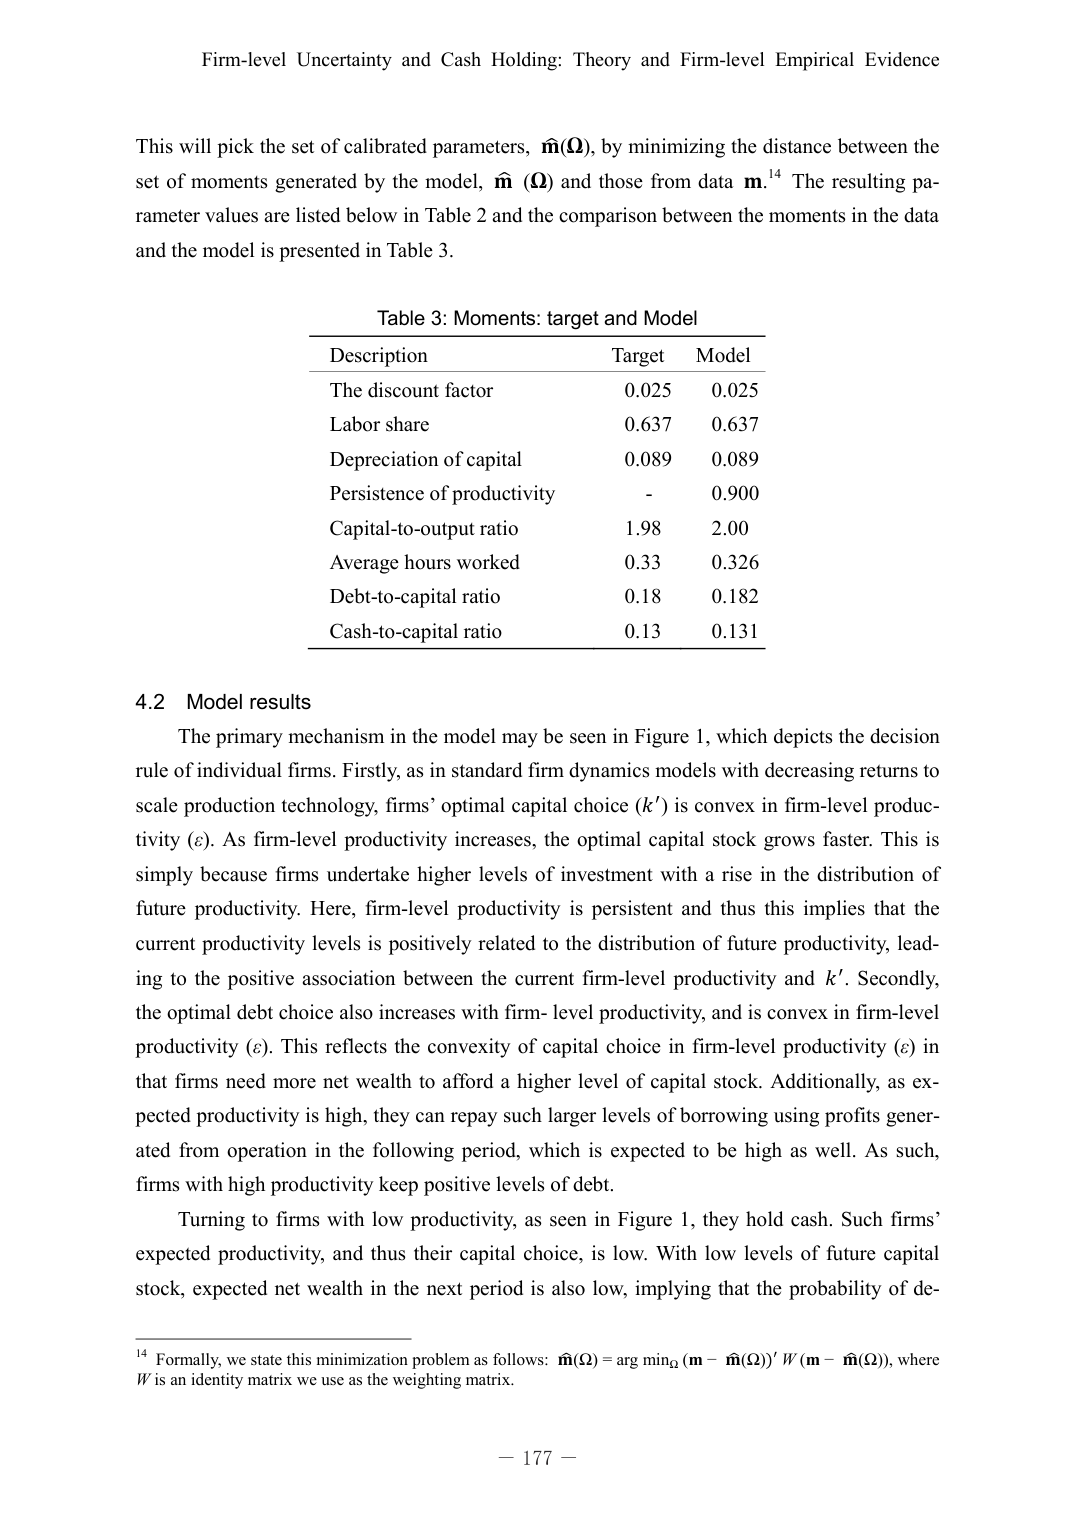
Firm-level Uncertainty and Cash Holding: Theory and Firm-level Empirical Evidence

This will pick the set of calibrated parameters, ̂m(Ω), by minimizing the distance between the set of moments generated by the model, ̂m (Ω) and those from data m.¹⁴ The resulting parameter values are listed below in Table 2 and the comparison between the moments in the data and the model is presented in Table 3.

Table 3: Moments: target and Model
Description          Target   Model
The discount factor  0.025    0.025
Labor share          0.637    0.637
Depreciation of capital  0.089  0.089
Persistence of productivity  -    0.900
Capital-to-output ratio  1.98   2.00
Average hours worked  0.33    0.326
Debt-to-capital ratio  0.18   0.182
Cash-to-capital ratio  0.13   0.131

4.2 Model results
The primary mechanism in the model may be seen in Figure 1, which depicts the decision rule of individual firms. Firstly, as in standard firm dynamics models with decreasing returns to scale production technology, firms’ optimal capital choice (k') is convex in firm-level productivity (ε). As firm-level productivity increases, the optimal capital stock grows faster. This is simply because firms undertake higher levels of investment with a rise in the distribution of future productivity. Here, firm-level productivity is persistent and thus this implies that the current productivity levels is positively related to the distribution of future productivity, leading to the positive association between the current firm-level productivity and k'. Secondly, the optimal debt choice also increases with firm- level productivity, and is convex in firm-level productivity (ε). This reflects the convexity of capital choice in firm-level productivity (ε) in that firms need more net wealth to afford a higher level of capital stock. Additionally, as expected productivity is high, they can repay such larger levels of borrowing using profits generated from operation in the following period, which is expected to be high as well. As such, firms with high productivity keep positive levels of debt.
Turning to firms with low productivity, as seen in Figure 1, they hold cash. Such firms’ expected productivity, and thus their capital choice, is low. With low levels of future capital stock, expected net wealth in the next period is also low, implying that the probability of de-

¹⁴ Formally, we state this minimization problem as follows: ̂m(Ω) = arg minΩ (m − ̂m(Ω))' W (m − ̂m(Ω)), where W is an identity matrix we use as the weighting matrix.

— 177 —